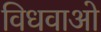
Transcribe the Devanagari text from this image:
विधवाओ